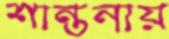
শান্তনায়